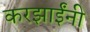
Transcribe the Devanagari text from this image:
करझाईंनी